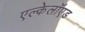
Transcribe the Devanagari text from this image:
एल्केलॉएड